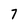
Character: 7